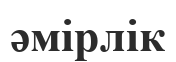
әмірлік